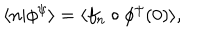
\langle n | \phi ^ { \psi } \rangle = \langle f _ { n } \circ \phi ^ { \psi } ( 0 ) \rangle ,